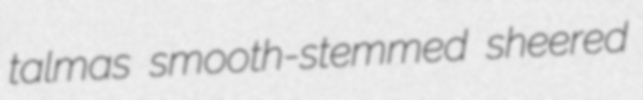
talmas smooth-stemmed sheered